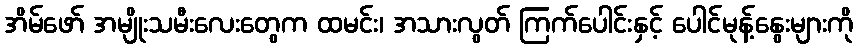
အိမ်ဖော် အမျိုးသမီးလေးတွေက ထမင်း၊ အသားလွတ် ကြက်ပေါင်းနှင့် ပေါင်မုန့်နွေးများကို